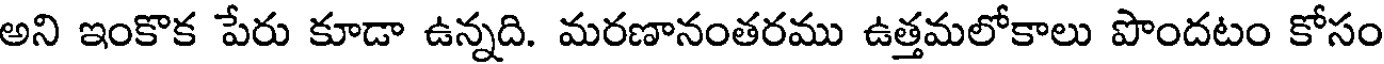
అని ఇంకొక పేరు కూడా ఉన్నది. మరణానంతరము ఉత్తమలోకాలు పొందటం కోసం